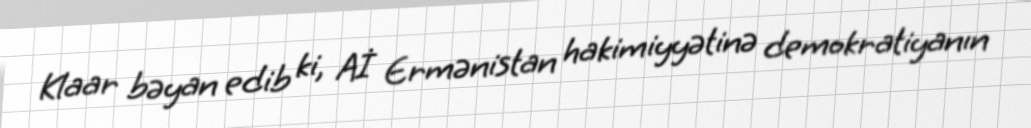
Klaar bəyan edib ki, Aİ Ermənistan hakimiyyətinə demokratiyanın